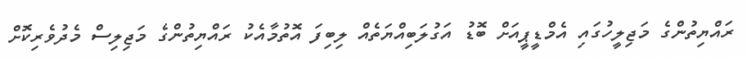
ރައްޔިތުންގެ މަޖިލީހުގައި އެމްޑީޕީއަށް ބޮޑު އަގުލަބިއްޔަތެއް ލިބިފަ އޮތުމާއެކު ރައްޔިތުންގެ މަޖިލިސް މެދުވެރިކޮށް